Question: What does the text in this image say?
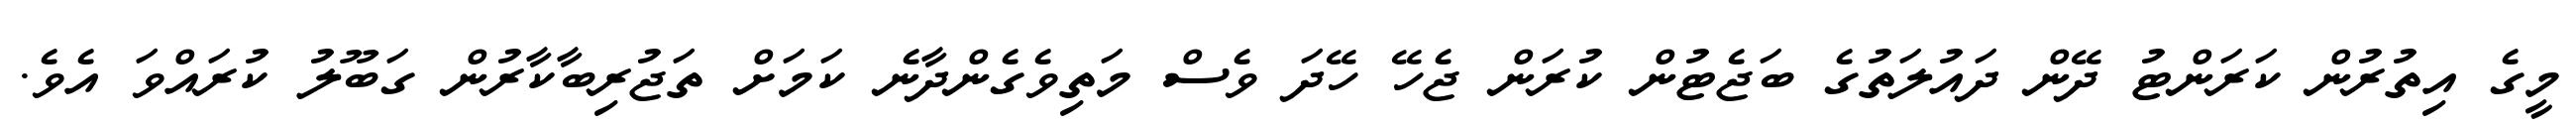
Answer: މީގެ އިތުރުން ކަރަންޓު ދޭން ދައުލަތުގެ ބަޖެޓުން ކުރަން ޖެހޭ ހޭދަ ވެސް މަތިވެގެންދާނެ ކަމަށް ތަޖުރިބާކާރުން ގަބޫލު ކުރައްވަ އެވެ.